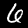
Label: 6